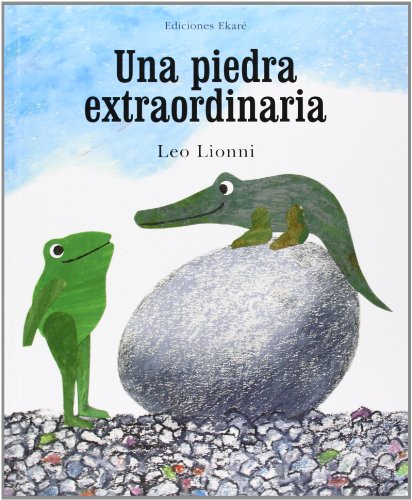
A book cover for Una piedra extraordinaria (Spanish Edition); Leo Lionni; Children's Books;